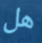
هل